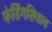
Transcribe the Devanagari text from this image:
फंडिंगशिवाय